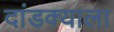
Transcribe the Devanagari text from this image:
दांडक्याला